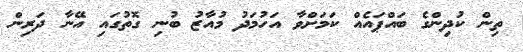
ތިން ކުދިންގެ ބައްޕައެއް ކަމަށްވާ އަހުމަދު މުއާޒު ބުނި ގޮތުގައި އޭނާ ދަރިން